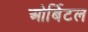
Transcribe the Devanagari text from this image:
ओर्बिटल